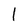
Character: l